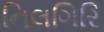
નિલગિરિ